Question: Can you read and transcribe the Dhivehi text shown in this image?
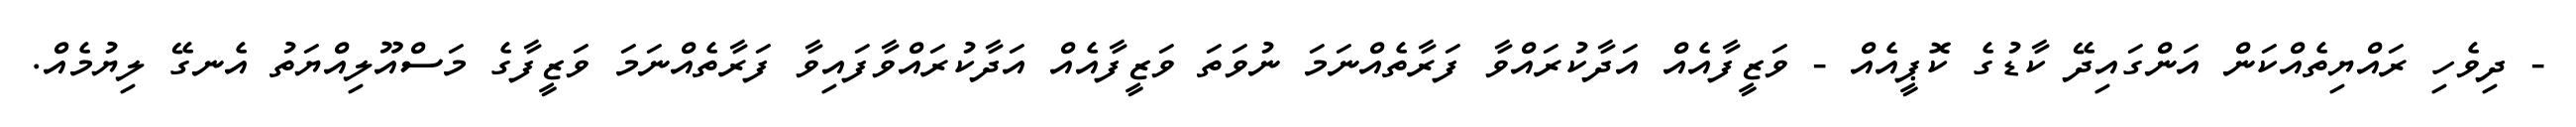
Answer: - ދިވެހި ރައްޔިތެއްކަން އަންގައިދޭ ކާޑުގެ ކޮޕީއެއް - ވަޒީފާއެއް އަދާކުރައްވާ ފަރާތެއްނަމަ ނުވަތަ ވަޒީފާއެއް އަދާކުރައްވާފައިވާ ފަރާތެއްނަމަ ވަޒީފާގެ މަސްއޫލިއްޔަތު އެނގޭ ލިޔުމެއް.